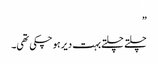
”
چلتے چلتے بہت دیر ہو چکی تھی۔